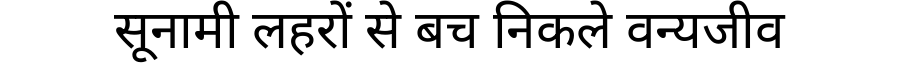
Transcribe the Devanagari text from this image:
सूनामी लहरों से बच निकले वन्यजीव